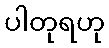
ပါတုရဟု